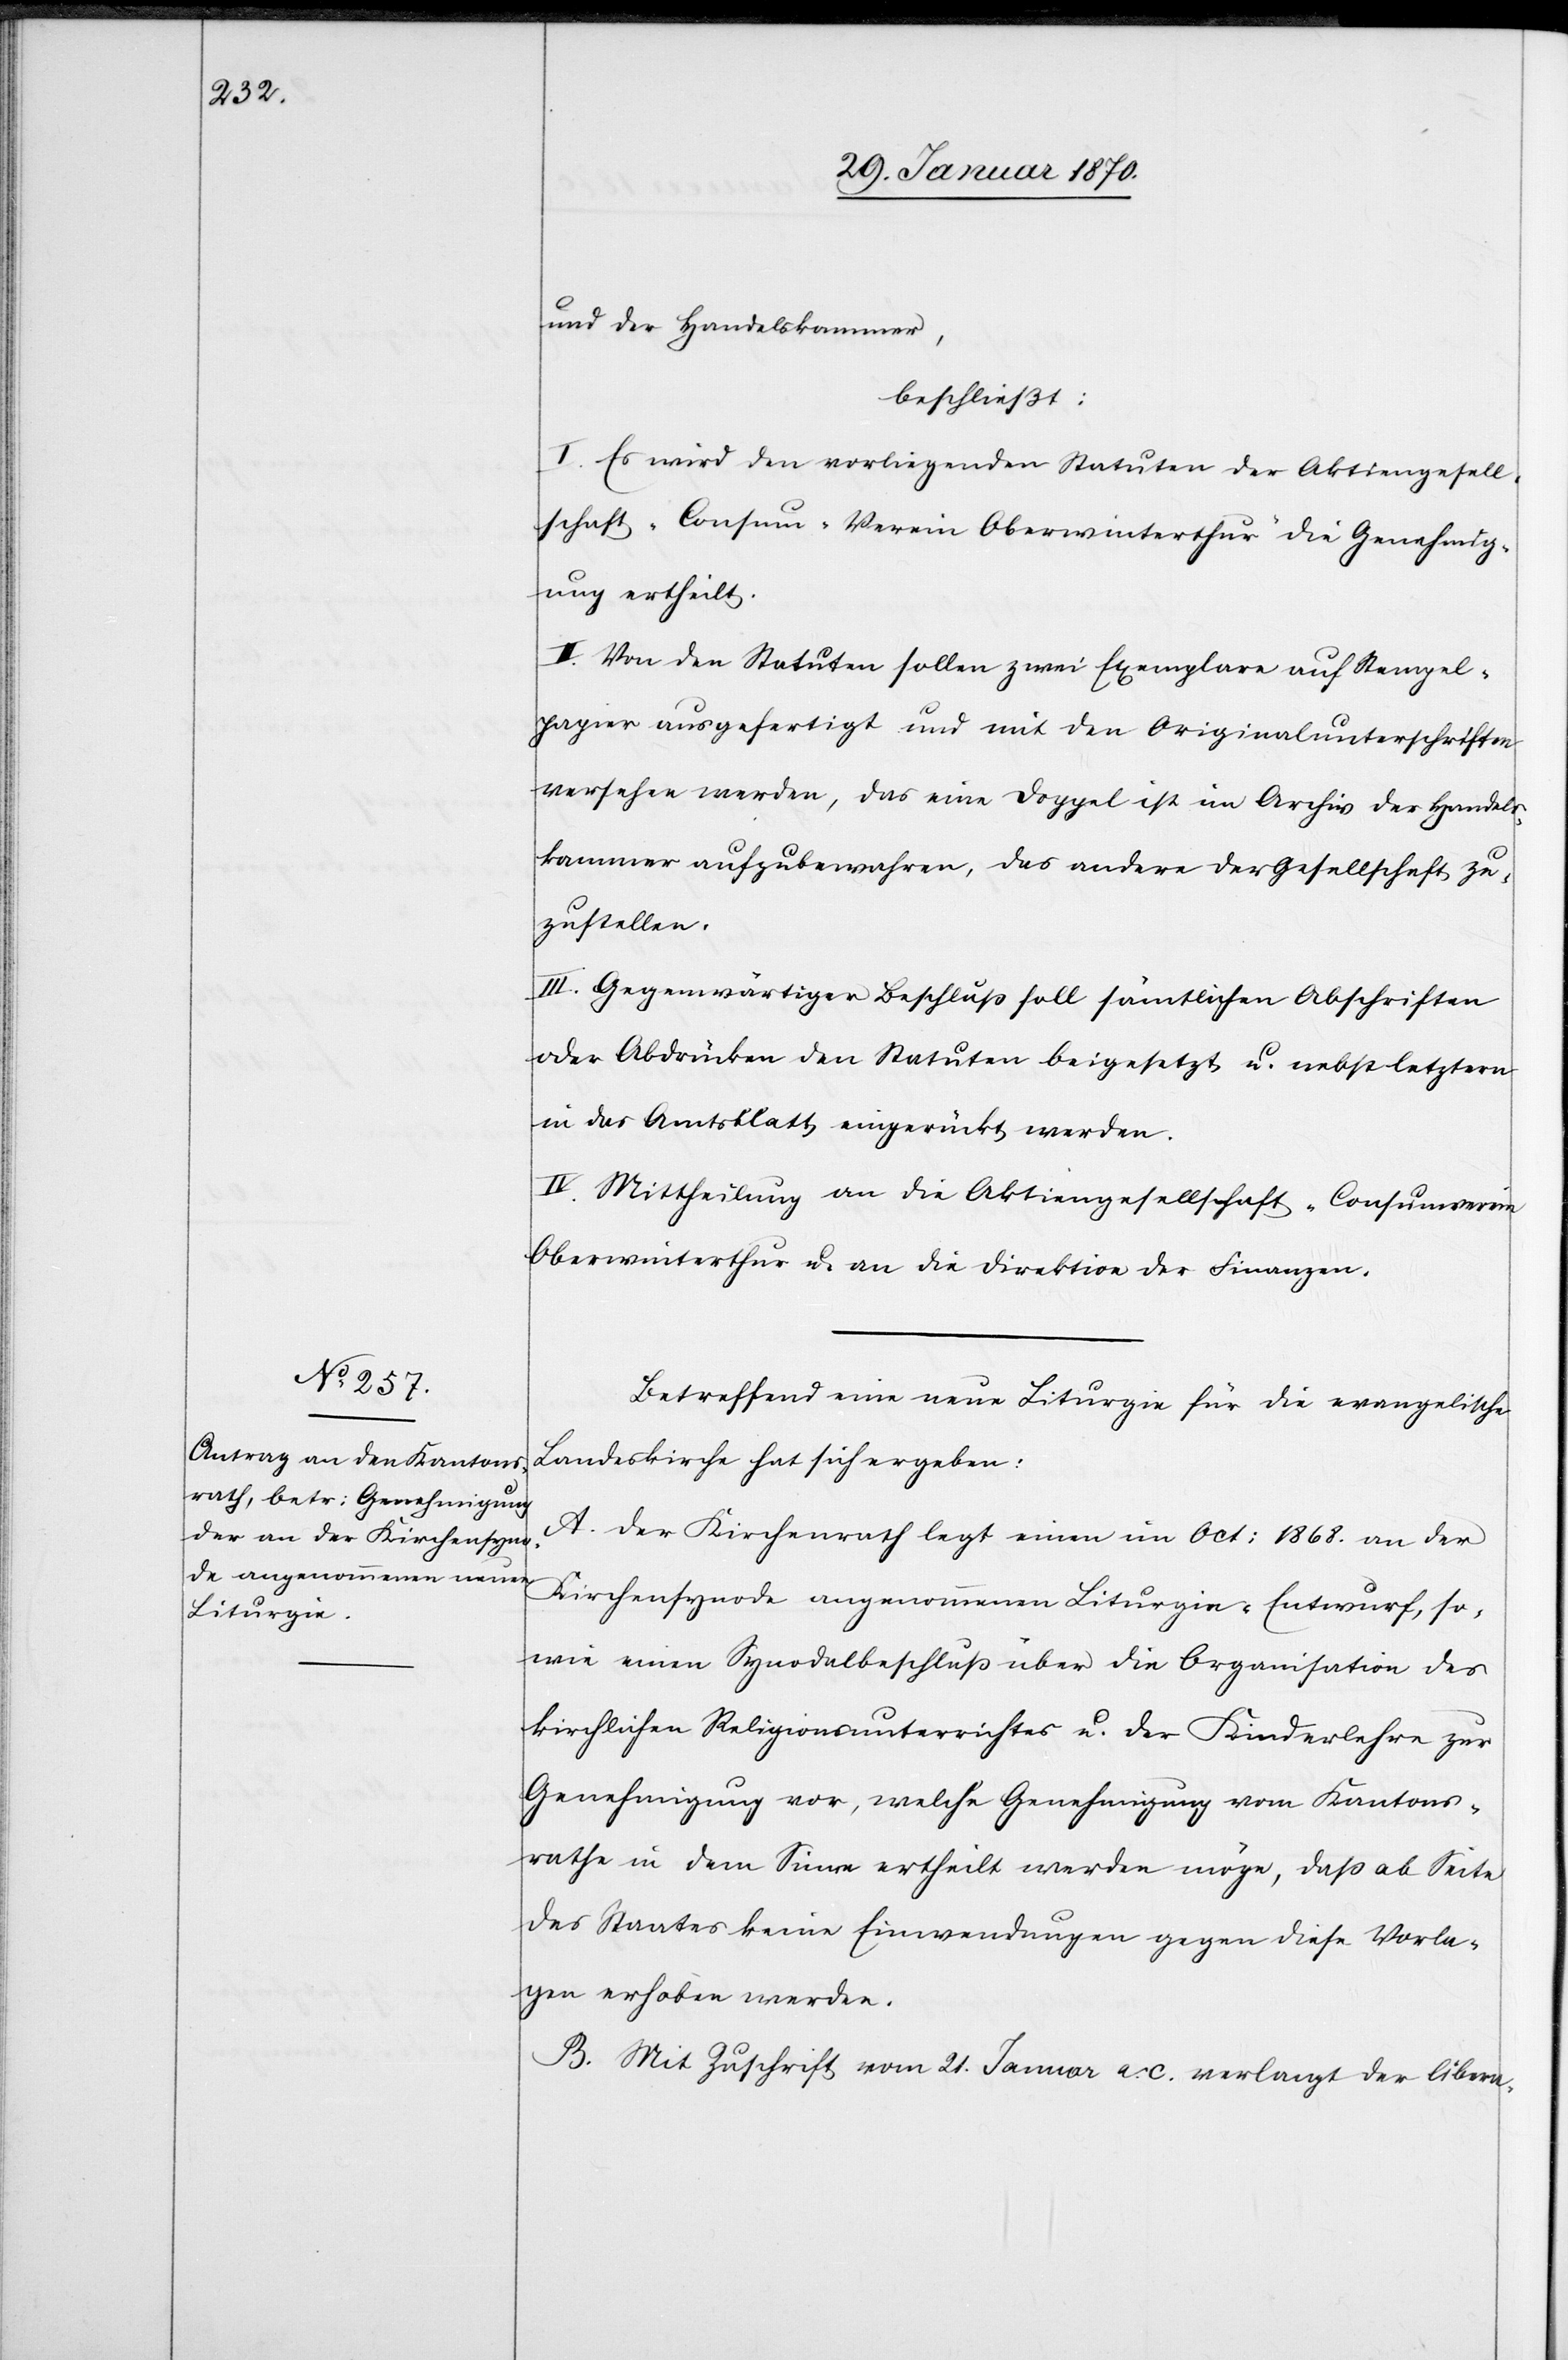
und der Handelskammer,
beschließt:
I. Es wird den vorliegenden Statuten der Aktiengesell¬
schaft „Consum-Verein Oberwinterthur“ die Genehmig¬
ung ertheilt.
II. Von den Statuten sollen zwei Exemplare auf Stempel¬
papier ausgefertigt und mit den Originalunterschriften
versehen werden, das eine Doppel ist im Archiv der Handels¬
kammer aufzubewahren, das andere der Gesellschaft zu¬
zustellen.
III. Gegenwärtiger Beschluß soll sämtlichen Abschriften
oder Abdrücken den Statuten beigesetzt u. nebst letztern
in das Amtsblatt, eingerückt werden.
IV. Mittheilung an die Aktiengesellschaft „Consumverein
Oberwinterthur“ u. an die Direktion der Finanzen.
Betreffend eine neue Liturgie für die evangelische
Landeskirche hat sich ergeben:
A. Der Kirchenrath legt einen im Oct: 1868. an der
Kirchensynode angenommenen Liturgie- Entwurf, so¬
wie einen Synodebeschluß über die Organisation des
kirchlichen Religionsunterrichtes u. der Kinderlehre zur
Genehmigung vor, welche Genehmigung vom Kantons¬
rathe in dem Sinne ertheilt werden möge, daß ab Seite
des Staates keine Einwendungen gegen diese Vorla¬
gen erhoben werden.
B. Mit Zuschrift vom 21. Januar a. c. verlangt der liberal-